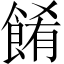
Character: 餚